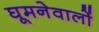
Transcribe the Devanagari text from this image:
घूमनेवालों